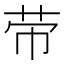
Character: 𦭬